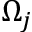
\Omega _ { j }